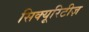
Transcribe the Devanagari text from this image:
सिक्यूरिटीज़